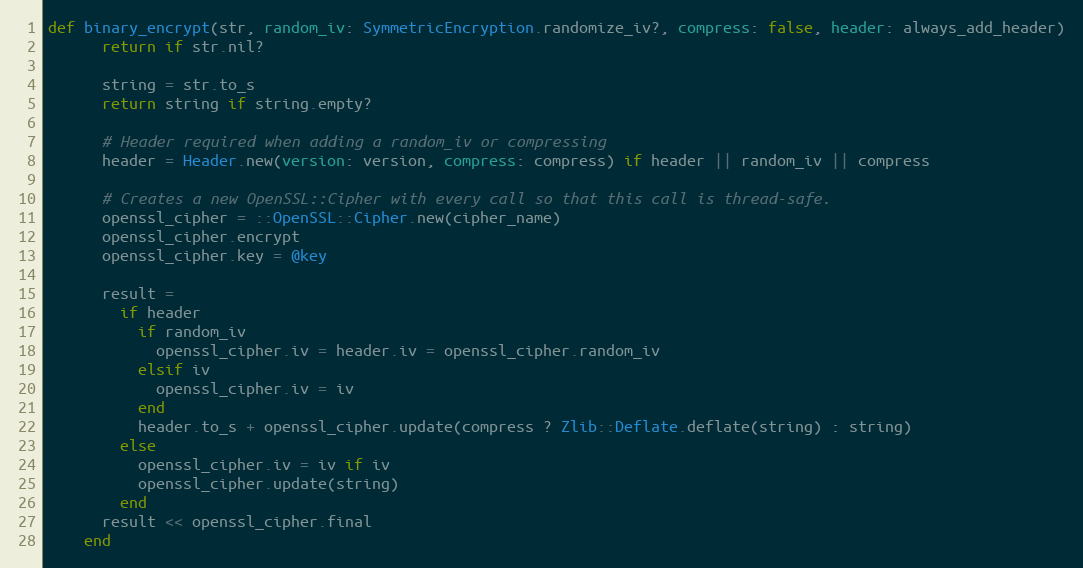
Language: Ruby
def binary_encrypt(str, random_iv: SymmetricEncryption.randomize_iv?, compress: false, header: always_add_header)
      return if str.nil?

      string = str.to_s
      return string if string.empty?

      # Header required when adding a random_iv or compressing
      header = Header.new(version: version, compress: compress) if header || random_iv || compress

      # Creates a new OpenSSL::Cipher with every call so that this call is thread-safe.
      openssl_cipher = ::OpenSSL::Cipher.new(cipher_name)
      openssl_cipher.encrypt
      openssl_cipher.key = @key

      result =
        if header
          if random_iv
            openssl_cipher.iv = header.iv = openssl_cipher.random_iv
          elsif iv
            openssl_cipher.iv = iv
          end
          header.to_s + openssl_cipher.update(compress ? Zlib::Deflate.deflate(string) : string)
        else
          openssl_cipher.iv = iv if iv
          openssl_cipher.update(string)
        end
      result << openssl_cipher.final
    end